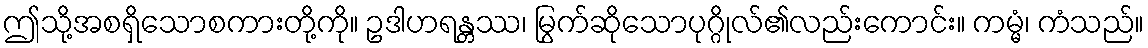
ဤသို့အစရှိသောစကားတို့ကို။ ဥဒါဟရန္တဿ၊ မြွက်ဆိုသောပုဂ္ဂိုလ်၏လည်းကောင်း။ ကမ္မံ၊ ကံသည်။